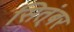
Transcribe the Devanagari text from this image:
सित्ंबर